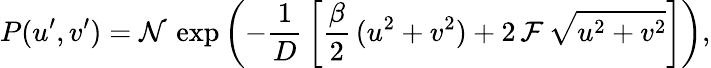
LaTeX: P(u^{\prime},v^{\prime})=\mathcal{N}\, \exp{\left(-\frac{1}{D}\, \left[\frac{\beta}{2}\, (u^{2}+v^{2})+2\, \mathcal{F}\, \sqrt{u^{2}+v^{2}}\right]\right)},